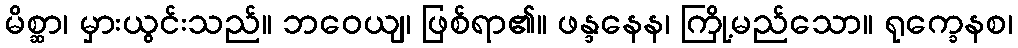
မိစ္ဆာ၊ မှားယွင်းသည်။ ဘဝေယျ၊ ဖြစ်ရာ၏။ ဖန္ဒနေန၊ ကြို့မည်သော။ ရုက္ခေနစ၊